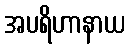
အပရိဟာနာယ